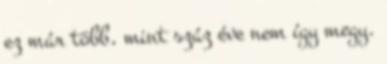
ez már több, mint száz éve nem így megy.